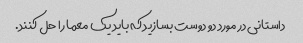
داستانی در مورد دو دوست بسازید که باید یک معما را حل کنند.